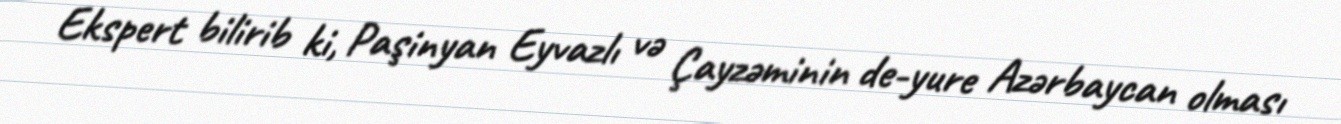
Ekspert bilirib ki, Paşinyan Eyvazlı və Çayzəminin de-yure Azərbaycan olması